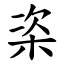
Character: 栥